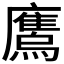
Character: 𫠕